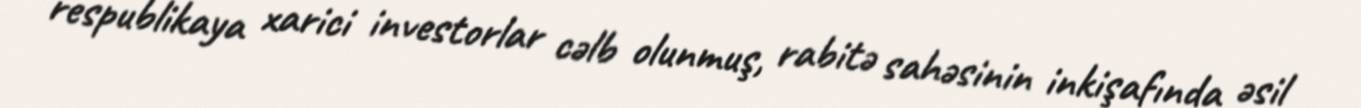
respublikaya xarici investorlar cəlb olunmuş, rabitə sahəsinin inkişafında əsil